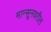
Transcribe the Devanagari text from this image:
मान्सूनवरील